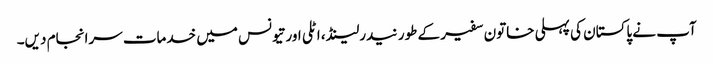
آپ نے پاکستان کی پہلی خاتون سفیر کے طور نیدرلینڈ، اٹلی اور تیونس میں خدمات سرانجام دیں۔